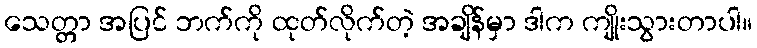
သေတ္တာ အပြင် ဘက်ကို ထုတ်လိုက်တဲ့ အချိန်မှာ ဒါက ကျိုးသွားတာပါ။